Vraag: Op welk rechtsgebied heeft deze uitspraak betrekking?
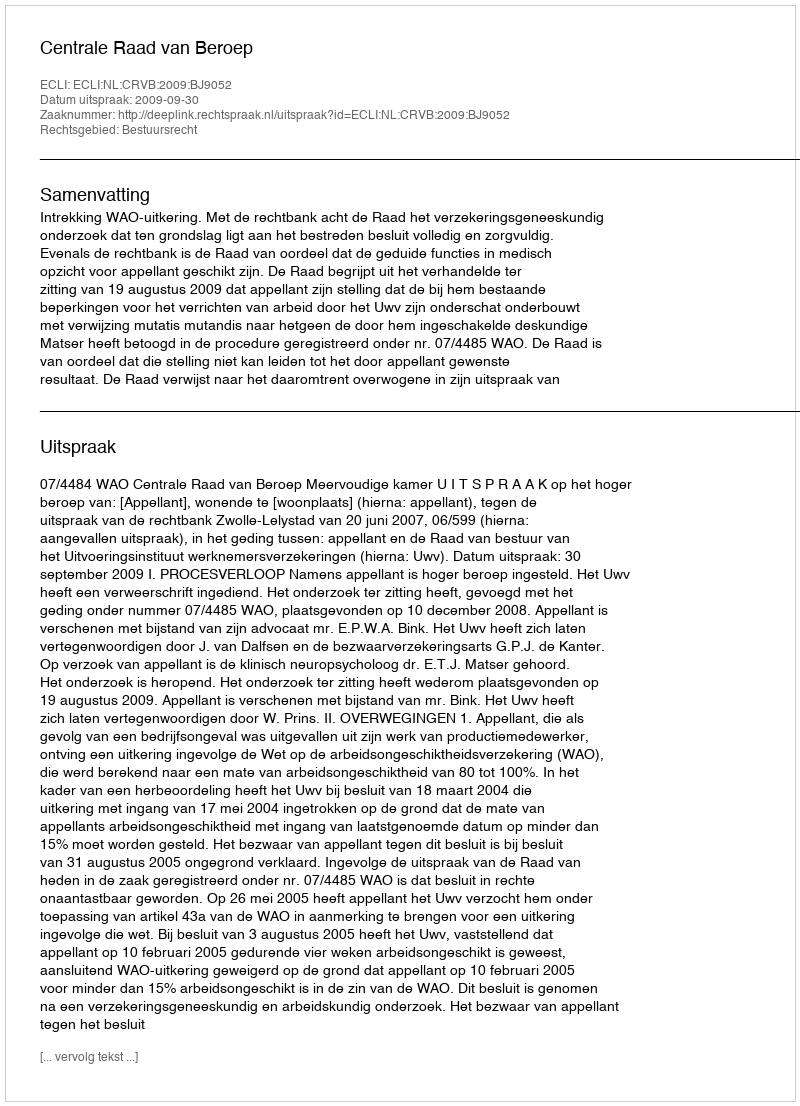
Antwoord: Bestuursrecht